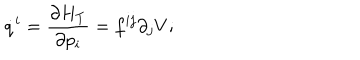
\dot { q } ^ { i } = \frac { \partial H _ { T } } { \partial p _ { i } } = f ^ { i j } \partial _ { j } V ;